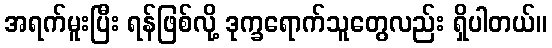
အရက်မူးပြီး ရန်ဖြစ်လို့ ဒုက္ခရောက်သူတွေလည်း ရှိပါတယ်။